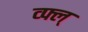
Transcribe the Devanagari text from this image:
व्फ्ल्